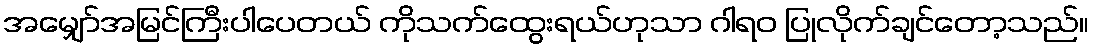
အမျှော်အမြင်ကြီးပါပေတယ် ကိုသက်ထွေးရယ်ဟုသာ ဂါရဝ ပြုလိုက်ချင်တော့သည်။